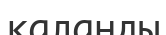
каланды